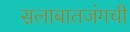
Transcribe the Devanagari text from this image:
सलाबातजंगची